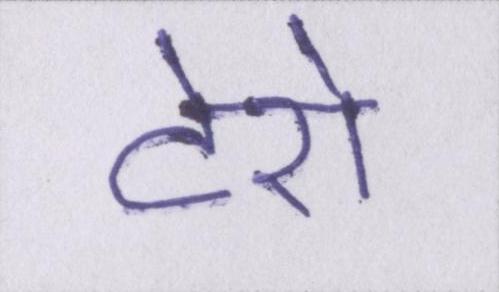
टेरो